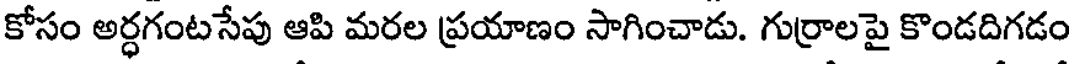
కోసం అర్ధగంటసేపు ఆపి మరల ప్రయాణం సాగించాడు. గుర్రాలపై కొండదిగడం